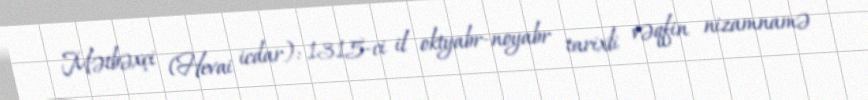
Mətbəxçi (Hevai icdar): 1315-ci il oktyabr-noyabr tarixli vəqfin nizamnamə